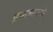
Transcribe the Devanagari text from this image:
प्रभाकरमध्ये